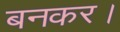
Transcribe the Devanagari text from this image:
बनकर।